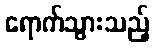
ရောက်သွားသည့်